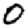
Digit: 0